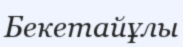
Бекетайұлы